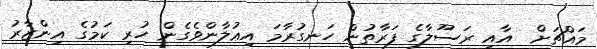
މައްޗަށް  އާއި ރަސޫލާގެ ފަރާތުން ހަނގުރާމަ އިޢުލާންވެގެން ހުރި ކަމުގެ އިންޒާރު